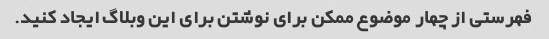
فهرستی از چهار موضوع ممکن برای نوشتن برای این وبلاگ ایجاد کنید.